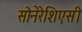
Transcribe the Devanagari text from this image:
सोनेरेशिएसी